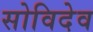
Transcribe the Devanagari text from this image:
सोविदेव